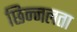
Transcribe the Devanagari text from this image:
छिन्नलता